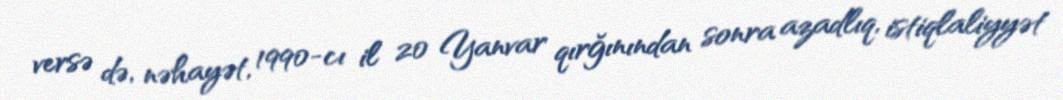
versə də, nəhayət, 1990-cı il 20 Yanvar qırğınından sonra azadlıq, istiqlaliyyət